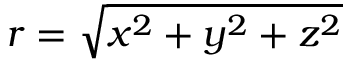
r = { \sqrt { x ^ { 2 } + y ^ { 2 } + z ^ { 2 } } }